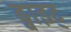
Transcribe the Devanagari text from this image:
ड्वाइट्